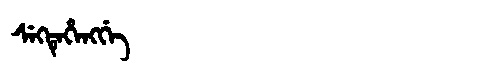
Manchu: ᠰᡝᡴᡨᡝᡥᡝᠩᡤᡝ
Romanization: SEKTEHENGGE